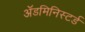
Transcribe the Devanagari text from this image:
ॲडमिनिस्टर्ड